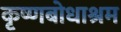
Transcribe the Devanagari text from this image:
कृष्णबोधाश्रम